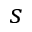
s